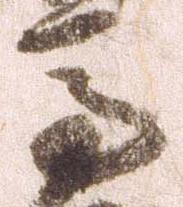
馬